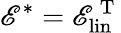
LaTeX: \mathscr{E}^{*}=\mathscr{E}_{\mathrm{{lin}}}^{\mathrm{{~T~}}}